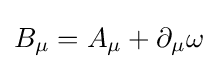
B_{\mu }=A_{\mu }+\partial _{\mu }\omega